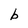
Character: b